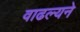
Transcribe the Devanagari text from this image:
वाढल्यने